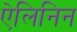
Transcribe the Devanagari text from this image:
ऐलिनिन